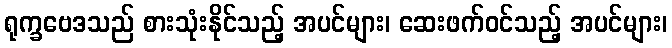
ရုက္ခဗေဒသည် စားသုံးနိုင်သည့် အပင်များ၊ ဆေးဖက်ဝင်သည့် အပင်များ၊